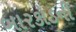
બારકોડની